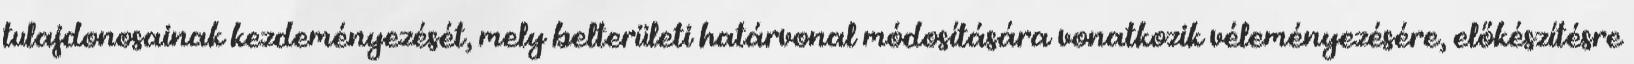
tulajdonosainak kezdeményezését, mely belterületi határvonal módosítására vonatkozik véleményezésére, előkészítésre